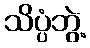
သိပ္ပံဘွဲ့